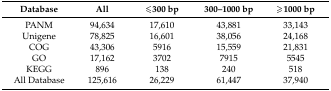
<table><thead><tr><td><b>Database</b></td><td><b>All</b></td><td><b>≤300 bp</b></td><td><b>300–1000 bp</b></td><td><b>≥1000 bp</b></td></tr></thead><tbody><tr><td>PANM</td><td>94,634</td><td>17,610</td><td>43,881</td><td>33,143</td></tr><tr><td>Unigene</td><td>78,825</td><td>16,601</td><td>38,056</td><td>24,168</td></tr><tr><td>COG</td><td>43,306</td><td>5916</td><td>15,559</td><td>21,831</td></tr><tr><td>GO</td><td>17,162</td><td>3702</td><td>7915</td><td>5545</td></tr><tr><td>KEGG</td><td>896</td><td>138</td><td>240</td><td>518</td></tr><tr><td>All Database</td><td>125,616</td><td>26,229</td><td>61,447</td><td>37,940</td></tr></tbody></table>